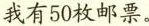
我有50枚邮票。